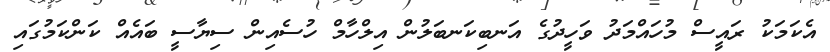
އެކަމަކު ރައީސް މުހައްމަދު ވަހީދުގެ އަނބިކަނބަލުން އިލްހާމް ހުސެއިން ސިޔާސީ ބައެއް ކަންކަމުގައި